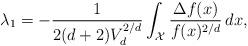
LaTeX: \begin{align*}\lambda_1 = - \frac{1}{2(d+2)V_d^{2/d}} \int_\mathcal{X} \frac{\Delta f(x)}{f(x)^{2/d}} \,dx,\end{align*}